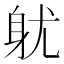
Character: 𨈣